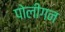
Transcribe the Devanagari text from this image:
पोलीगन